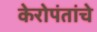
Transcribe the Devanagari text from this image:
केरोपंतांचे